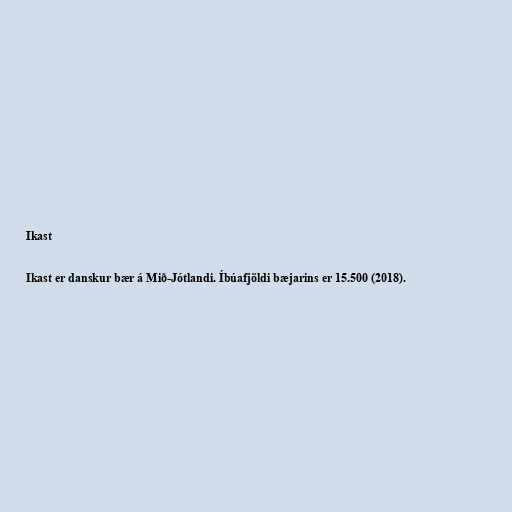
Ikast

Ikast er danskur bær á Mið-Jótlandi. Íbúafjöldi bæjarins er 15.500 (2018).